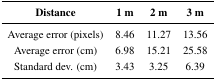
| Distance | 1m | 2m | 3m |
 | --- | --- | --- | --- |
 | Average error (pixels) | 8.46 | 11.27 | 13.56 |
 | Average error (cm) | 6.98 | 15.21 | 25.58 |
 | Standard dev. (cm) | 3.43 | 3.25 | 6.39 |